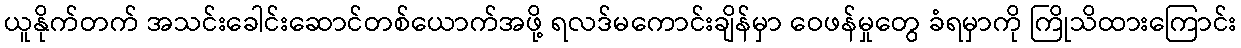
ယူနိုက်တက် အသင်းခေါင်းဆောင်တစ်ယောက်အဖို့ ရလဒ်မကောင်းချိန်မှာ ဝေဖန်မှုတွေ ခံရမှာကို ကြိုသိထားကြောင်း